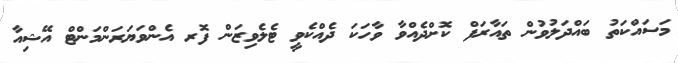
މަސައްކަތު ބައްދަލުވުން ތައާރަފް ކޮށްދެއްވާ ވާހަކަ ދެއްކެވީ ޓެލެވިޒަން ފޮރ އެންވަޔަރަންމަންޓް އޭޝިއާ